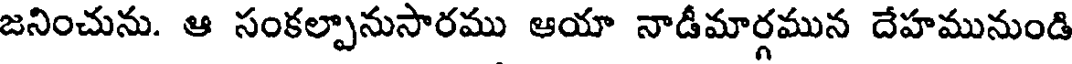
జనించును. ఆ సంకల్పానుసారము ఆయా నాడీమార్గమున దేహమునుండి